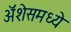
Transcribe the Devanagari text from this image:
ॲशेसमध्ये